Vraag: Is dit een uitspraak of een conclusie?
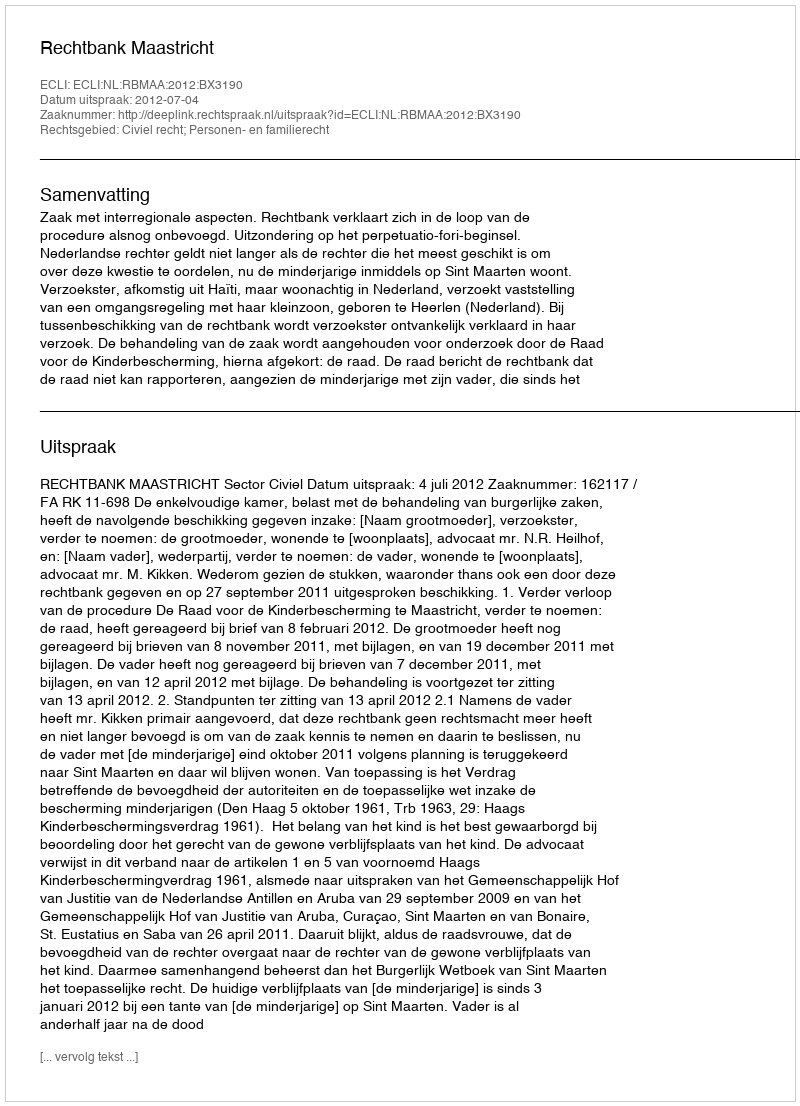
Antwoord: Uitspraak